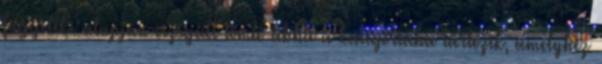
függeléke alapján vizsgált tömlõ abba a kategóriába tartozik, amelyhez